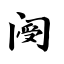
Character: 阌